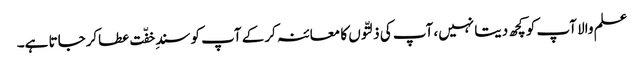
علم والا آپ کو کچھ دیتا نہیں، آپ کی ذلتّوں کا معائنہ کرکے آپ کو سندِ خفّت عطاکرجاتا ہے۔